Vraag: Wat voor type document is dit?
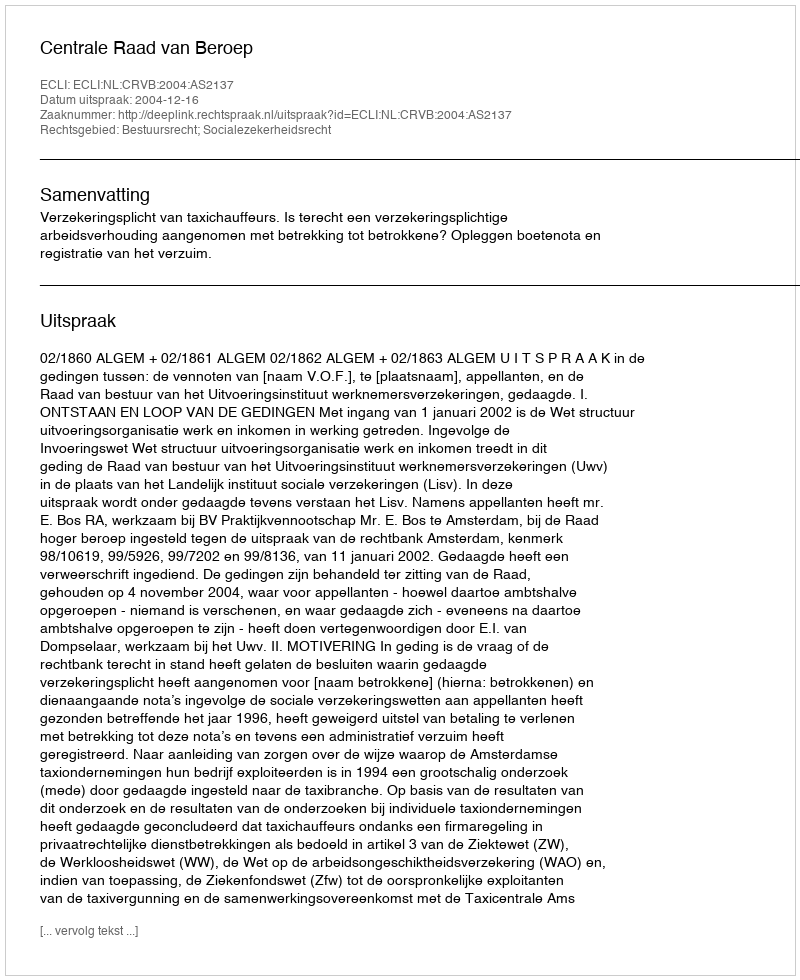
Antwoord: Uitspraak